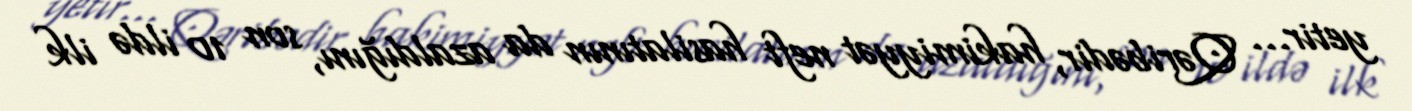
yetir... Qəribədir, hakimiyyət neft hasilatının da azaldığını, son 10 ildə ilk